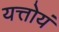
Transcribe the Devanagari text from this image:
यत्तोयं